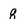
Character: g